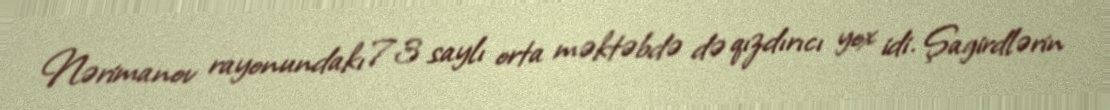
Nərimanov rayonundakı 73 saylı orta məktəbdə də qızdırıcı yox idi. Şagirdlərin